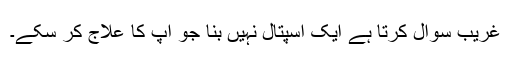
غریب سوال کرتا ہے ایک اسپتال نہیں بنا جو آپ کا علاج کر سکے۔